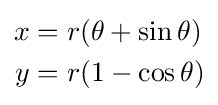
{\begin{aligned}x&=r(\theta +\sin \theta )\\y&=r(1-\cos \theta )\end{aligned}}